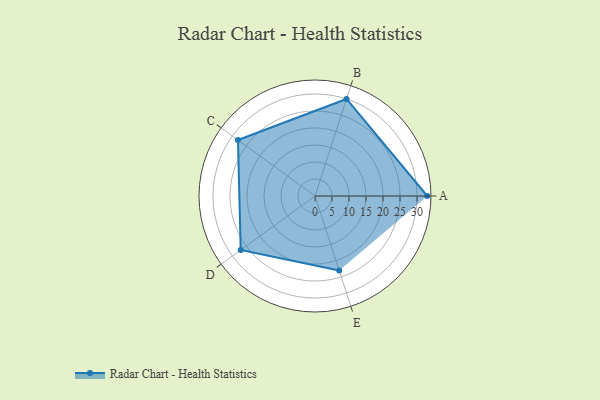
{"axis": {"x": "Skill", "y": "Score"}, "legend": ["Profile"], "data": [{"x": "A", "y": 33.0, "type": "Profile"}, {"x": "B", "y": 30.0, "type": "Profile"}, {"x": "C", "y": 28.0, "type": "Profile"}, {"x": "D", "y": 27.0, "type": "Profile"}, {"x": "E", "y": 23.0, "type": "Profile"}]}